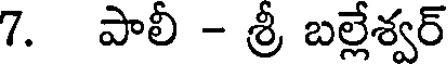
7. పాలీ - శ్రీ బల్లేశ్వర్